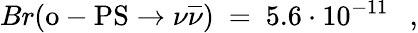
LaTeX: Br(\mathrm{o-PS}\rightarrow\nu\overline{{{\nu}}})\ =\ 5.6\cdot 10^{-11}\ \ \ ,